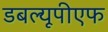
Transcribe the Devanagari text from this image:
डबल्यूपीएफ